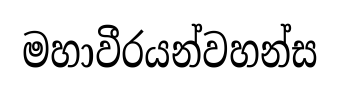
මහාවීරයන්වහන්ස